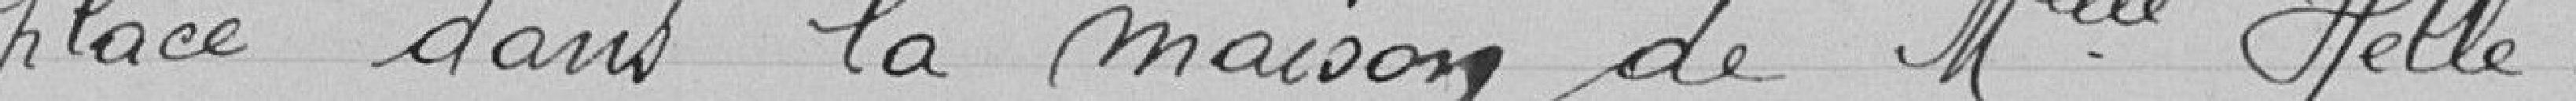
placé dans la maison de Melle HELLE.